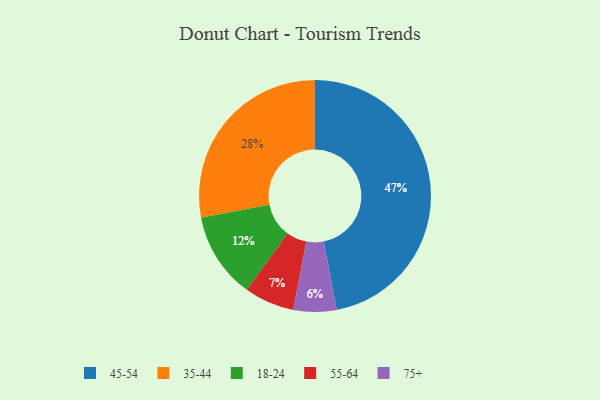
{"axis": {"x": "Category", "y": "Percentage"}, "legend": ["18-24", "35-44", "45-54", "55-64", "75+"], "data": [{"x": "45-54", "y": 47, "type": "45-54"}, {"x": "35-44", "y": 28, "type": "35-44"}, {"x": "75+", "y": 6, "type": "75+"}, {"x": "55-64", "y": 7, "type": "55-64"}, {"x": "18-24", "y": 12, "type": "18-24"}]}